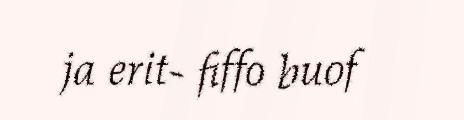
ja erit- fiffo buof